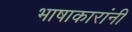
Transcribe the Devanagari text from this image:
भाषाकारांनी